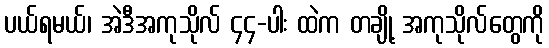
ပယ်ရမယ်၊ အဲဒီအကုသိုလ် ၄၄-ပါး ထဲက တချို့ အကုသိုလ်တွေကို